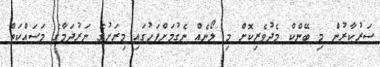
ސަރުކާރުން މި ބޭންކް މެދުވެރިކޮށް މި ލޯނެއް ނެގުމަށްފަހުގައި މިރަށުގެ ނަރުދަމާގެ މަސައްކަތް